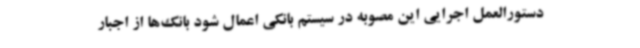
دستورالعمل اجرایی این مصوبه در سیستم بانکی اعمال شود بانک‌ها از اجبار